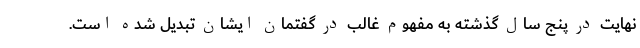
نهایت در پنج سال گذشته به مفهوم غالب در گفتمان ایشان تبدیل شده است.